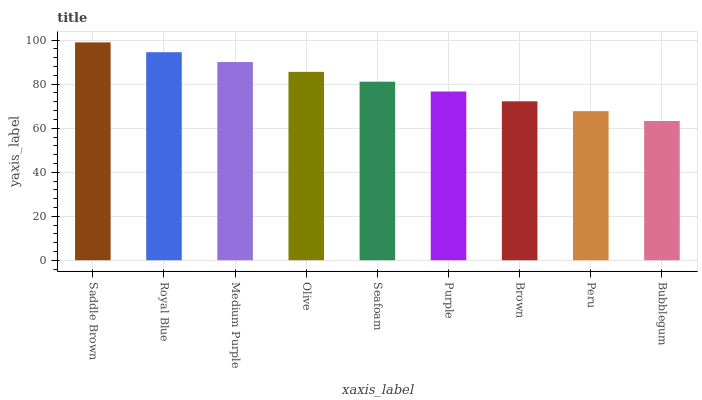
| xaxis_label | bars |
 | --- | --- |
 | Saddle Brown | 99 |
 | Royal Blue | 94.5 |
 | Medium Purple | 90.1 |
 | Olive | 85.6 |
 | Seafoam | 81.1 |
 | Purple | 76.7 |
 | Brown | 72.2 |
 | Peru | 67.8 |
 | Bubblegum | 63.3 |